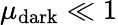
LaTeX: \mu_{\mathrm{dark}}\ll 1